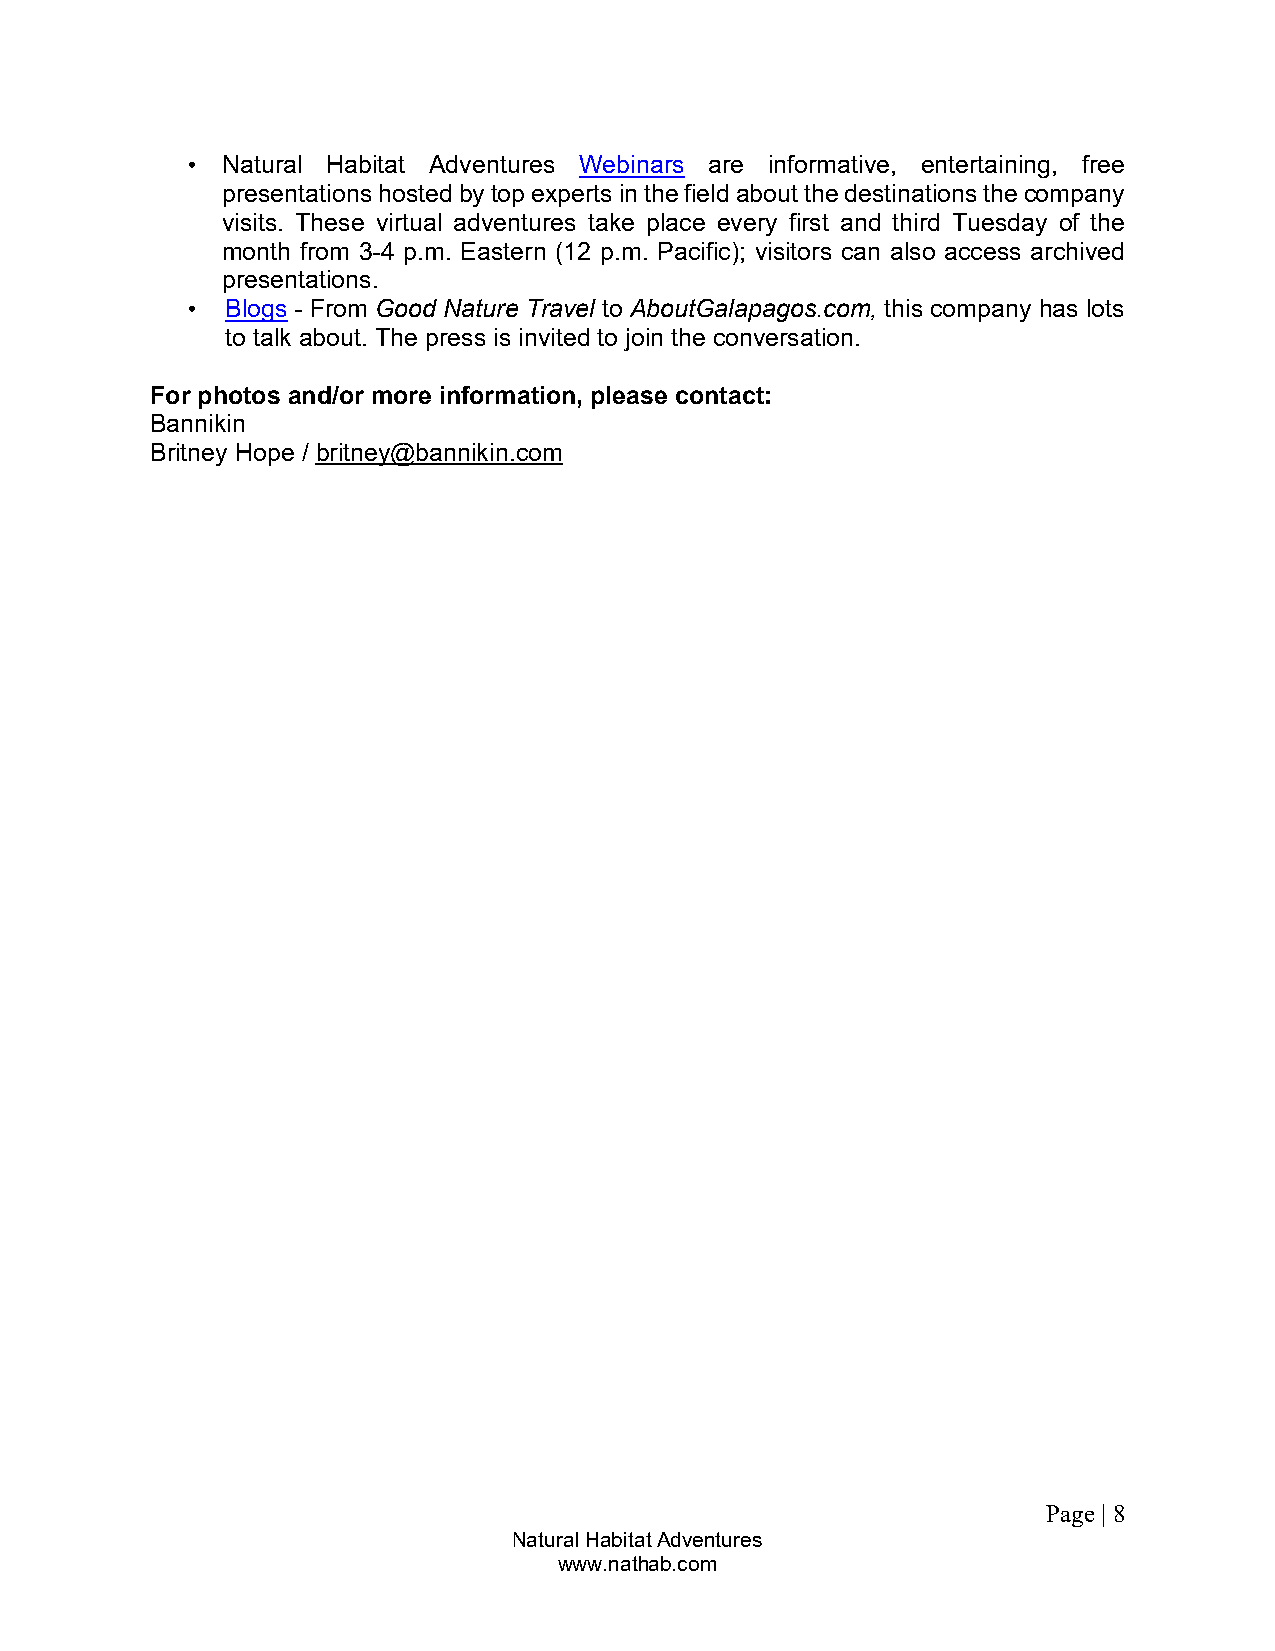
•  Natural Habitat Adventures Webinars are informative, entertaining, free
 presentations hosted by top experts in the field about the destinations the company
 visits. These virtual adventures take place every first and third Tuesday of the
 month from 3-4 p.m. Eastern (12 p.m. Pacific); visitors can also access archived
 presentations.
 •  Blogs - From Good Nature Travel to AboutGalapagos.com, this company has lots
 to talk about. The press is invited to join the conversation.
 For photos and/or more information, please contact:
 Bannikin
 Britney Hope / britney@bannikin.com
 Page | 8
 Natural Habitat Adventures
 www.nathab.com